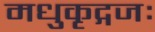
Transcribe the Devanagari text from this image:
मधुकृद्गजः